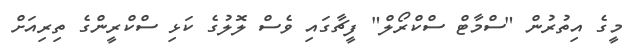
މީގެ އިތުރުން "ސްމާޓް ސްކްރޯލް" ފީޗާގައި ވެސް ލޮލުގެ ކަޅި ސްކްރީންގެ ތިރިއަށް